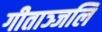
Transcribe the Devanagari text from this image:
गीताञ्जलि